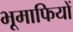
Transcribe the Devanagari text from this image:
भूमाफियों